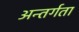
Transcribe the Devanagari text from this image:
अन्तर्गता